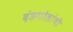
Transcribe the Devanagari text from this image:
दंडगोलांची